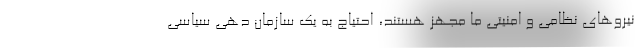
نیروهای نظامی و امنیتی ما مجهز هستند، احتیاج به یک سازمان دهی سیاسی